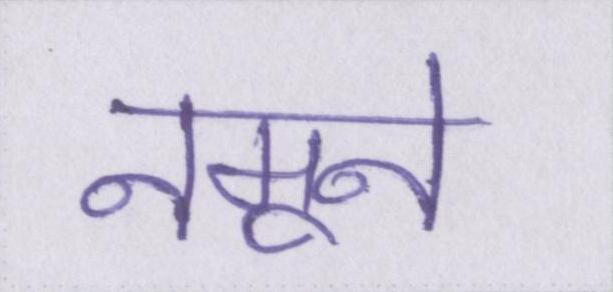
नमूने